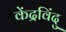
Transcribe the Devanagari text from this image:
केंद्रविंदु